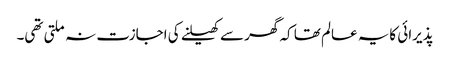
پذیرائی کایہ عالم تھا کہ گھر سے کھیلنے کی اجازت نہ ملتی تھی۔